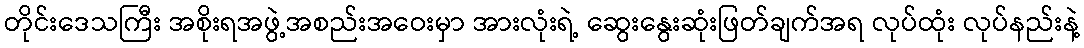
တိုင်းဒေသကြီး အစိုးရအဖွဲ့အစည်းအဝေးမှာ အားလုံးရဲ့ ဆွေးနွေးဆုံးဖြတ်ချက်အရ လုပ်ထုံး လုပ်နည်းနဲ့